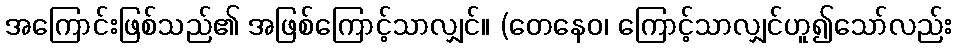
အကြောင်းဖြစ်သည်၏ အဖြစ်ကြောင့်သာလျှင်။ (တေနေဝ၊ ကြောင့်သာလျှင်ဟူ၍သော်လည်း